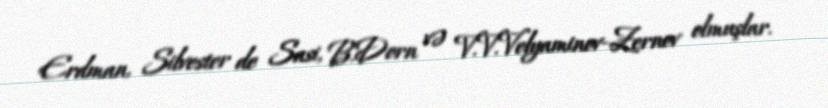
Erdman, Silvester de Sasi, B.Dorn və V.V.Velyaminov-Zernov olmuşlar.